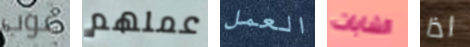
غوب عملهم العمل الشابات اذا